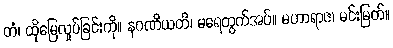
တံ၊ ထိုမြေလှုပ်ခြင်းကို။ နဂဏိယတိ၊ မရေတွက်အပ်။ မဟာရာဇ၊ မင်းမြတ်။